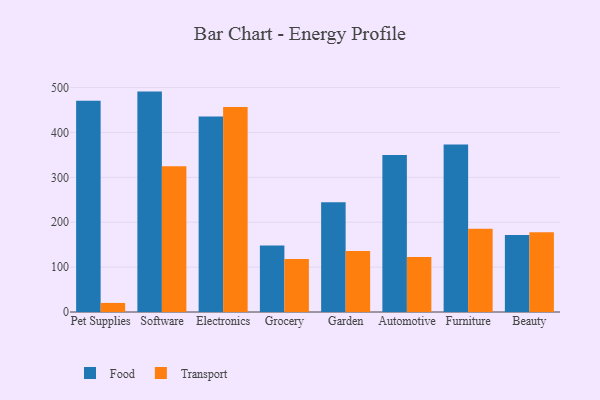
{"axis": {"x": "Category", "y": "Operating Costs (USD K)"}, "legend": ["Food", "Transport"], "data": [{"x": "Pet Supplies", "y": 470.6, "type": "Food"}, {"x": "Pet Supplies", "y": 20.2, "type": "Transport"}, {"x": "Software", "y": 491.0, "type": "Food"}, {"x": "Software", "y": 324.7, "type": "Transport"}, {"x": "Electronics", "y": 435.8, "type": "Food"}, {"x": "Electronics", "y": 456.7, "type": "Transport"}, {"x": "Grocery", "y": 148.0, "type": "Food"}, {"x": "Grocery", "y": 118.3, "type": "Transport"}, {"x": "Garden", "y": 244.7, "type": "Food"}, {"x": "Garden", "y": 135.9, "type": "Transport"}, {"x": "Automotive", "y": 349.5, "type": "Food"}, {"x": "Automotive", "y": 122.6, "type": "Transport"}, {"x": "Furniture", "y": 373.1, "type": "Food"}, {"x": "Furniture", "y": 185.5, "type": "Transport"}, {"x": "Beauty", "y": 171.8, "type": "Food"}, {"x": "Beauty", "y": 177.9, "type": "Transport"}]}